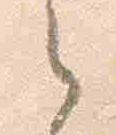
之